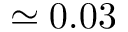
\simeq 0 . 0 3